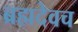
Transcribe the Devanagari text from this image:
ब्रह्मदेवच